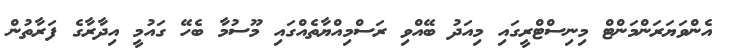
އެންވަޔަރަންމަންޓް މިނިސްޓްރީގައި މިއަދު ބޭއްވި ރަސްމިއްޔާތެއްގައި މޫސުމާ ބެހޭ ގައުމީ އިދާރާގެ ފަރާތުން